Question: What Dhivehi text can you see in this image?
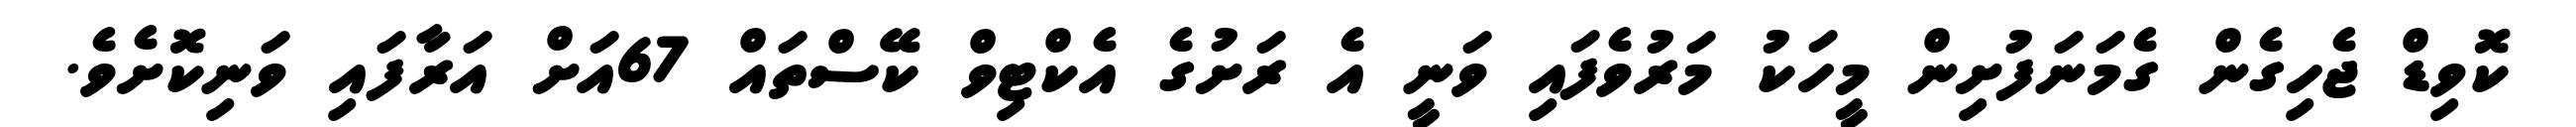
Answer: ކޮވިޑް ޖެހިގެން ގެމަނަފުށިން މީހަކު މަރުވެފައި ވަނީ އެ ރަށުގެ އެކްޓިވް ކޭސްތައް 67އަށް އަރާފައި ވަނިކޮށެވެ.